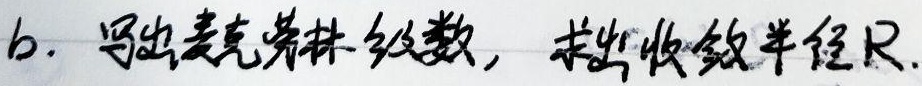
$b$. 写出麦克劳林级数，求出收敛半径\(R\)。